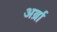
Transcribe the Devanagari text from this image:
अर्ब्रा